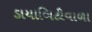
ડાયાબિટીવાળા